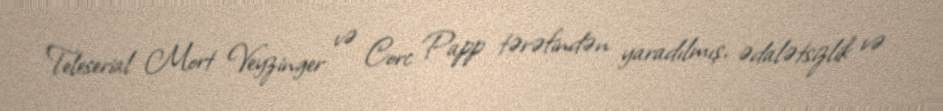
Teleserial Mort Veyzinger və Corc Papp tərəfindən yaradılmış, ədalətsizlik və